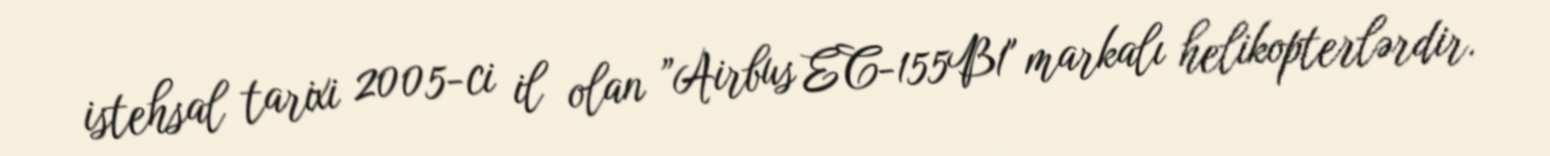
istehsal tarixi 2005-ci il olan ”Airbus EC-155B1" markalı helikopterlərdir.